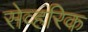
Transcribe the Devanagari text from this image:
सेव्हरिक